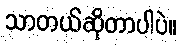
သာတယ်ဆိုတာပါပဲ။